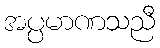
အပ္ပမာဏသညီ